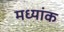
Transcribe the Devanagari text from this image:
मध्यांक